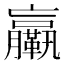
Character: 𦣄